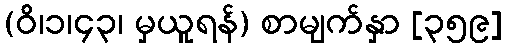
(ဝိ၊၁၊၄၃၊ မှယူရန်) စာမျက်နှာ [၃၅၉]